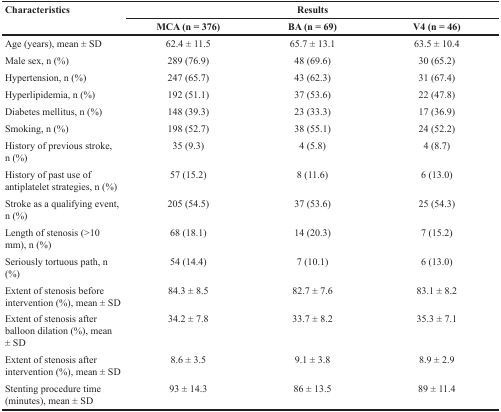
<table><thead><tr><td rowspan="2"><b>Characteristics</b></td><td colspan="3"><b>Results</b></td></tr><tr><td><b>MCA (n = 376)</b></td><td><b>BA (n = 69)</b></td><td><b>V4 (n = 46)</b></td></tr></thead><tbody><tr><td>Age (years), mean ± SD</td><td>62.4 ± 11.5</td><td>65.7 ± 13.1</td><td>63.5 ± 10.4</td></tr><tr><td>Male sex, n (%)</td><td>289 (76.9)</td><td>48 (69.6)</td><td>30 (65.2)</td></tr><tr><td>Hypertension, n (%)</td><td>247 (65.7)</td><td>43 (62.3)</td><td>31 (67.4)</td></tr><tr><td>Hyperlipidemia, n (%)</td><td>192 (51.1)</td><td>37 (53.6)</td><td>22 (47.8)</td></tr><tr><td>Diabetes mellitus, n (%)</td><td>148 (39.3)</td><td>23 (33.3)</td><td>17 (36.9)</td></tr><tr><td>Smoking, n (%)</td><td>198 (52.7)</td><td>38 (55.1)</td><td>24 (52.2)</td></tr><tr><td>History of previous stroke, n (%)</td><td>35 (9.3)</td><td>4 (5.8)</td><td>4 (8.7)</td></tr><tr><td>History of past use of antiplatelet strategies, n (%)</td><td>57 (15.2)</td><td>8 (11.6)</td><td>6 (13.0)</td></tr><tr><td>Stroke as a qualifying event, n (%)</td><td>205 (54.5)</td><td>37 (53.6)</td><td>25 (54.3)</td></tr><tr><td>Length of stenosis (&gt;10 mm), n (%)</td><td>68 (18.1)</td><td>14 (20.3)</td><td>7 (15.2)</td></tr><tr><td>Seriously tortuous path, n (%)</td><td>54 (14.4)</td><td>7 (10.1)</td><td>6 (13.0)</td></tr><tr><td>Extent of stenosis before intervention (%), mean ± SD</td><td>84.3 ± 8.5</td><td>82.7 ± 7.6</td><td>83.1 ± 8.2</td></tr><tr><td>Extent of stenosis after balloon dilation (%), mean ± SD</td><td>34.2 ± 7.8</td><td>33.7 ± 8.2</td><td>35.3 ± 7.1</td></tr><tr><td>Extent of stenosis after intervention (%), mean ± SD</td><td>8.6 ± 3.5</td><td>9.1 ± 3.8</td><td>8.9 ± 2.9</td></tr><tr><td>Stenting procedure time (minutes), mean ± SD</td><td>93 ± 14.3</td><td>86 ± 13.5</td><td>89 ± 11.4</td></tr></tbody></table>